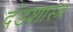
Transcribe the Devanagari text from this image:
दंडशास्त्र